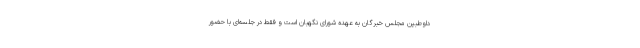
داوطبین مجلس خبرگان به عهده شورای نگهبان است و فقط در جلسه‌ای با حضور